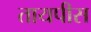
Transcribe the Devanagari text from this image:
तायपीस